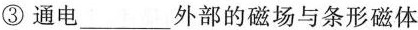
③ 通电___外部的磁场与条形磁体